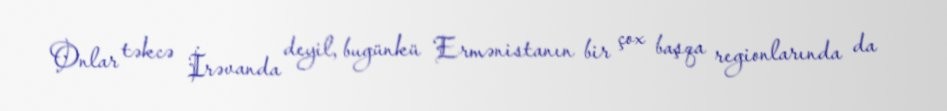
Onlar təkcə İrəvanda deyil, bugünkü Ermənistanın bir çox başqa regionlarında da